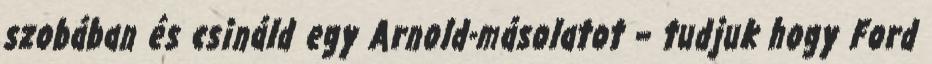
szobában és csináld egy Arnold-másolatot – tudjuk hogy Ford